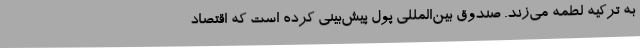
به ترکیه لطمه می‌زند. صندوق بین‌المللی پول پیش‌بینی کرده است که اقتصاد